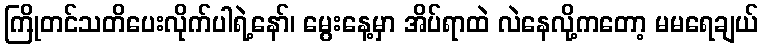
ကြိုတင်သတိပေးလိုက်ပါရဲ့နော်၊ မွေးနေ့မှာ အိပ်ရာထဲ လဲနေလို့ကတော့ မမရေချယ်